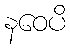
နဝေပိ